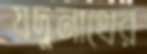
যদুনাথের